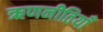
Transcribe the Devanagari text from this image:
ऋणनीतियाँ